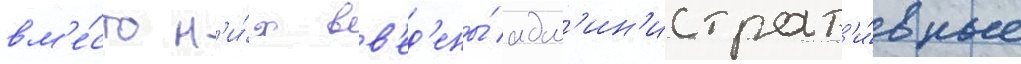
вм'е́сто н'и́х вв'ед'ены́ адм'ин'истрат'и́вные